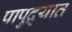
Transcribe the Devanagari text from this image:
पापुद्र्यात